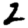
Digit: 2